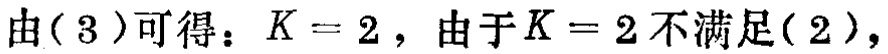
由(3)可得：\(K = 2\)，由于\(K = 2\)不满足(2)，